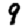
Digit: 9